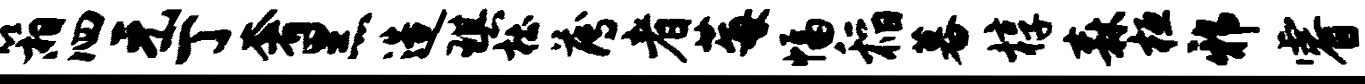
箱泗元亍奢黑造琪杜薄者莓幅稻暮椁森桓邪睿